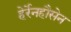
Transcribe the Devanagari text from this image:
हेर्रेनहौसेन